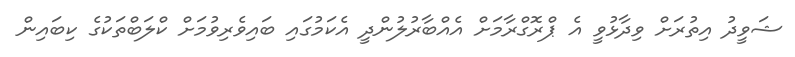
ޝަވީދު އިތުރަށް ވިދާޅުވީ އެ ޕްރޮގްރާމަށް އެއްބާރުލުންދީ އެކަމުގައި ބައިވެރިވުމަށް ކްލަބްތަކުގެ ކިބައިން